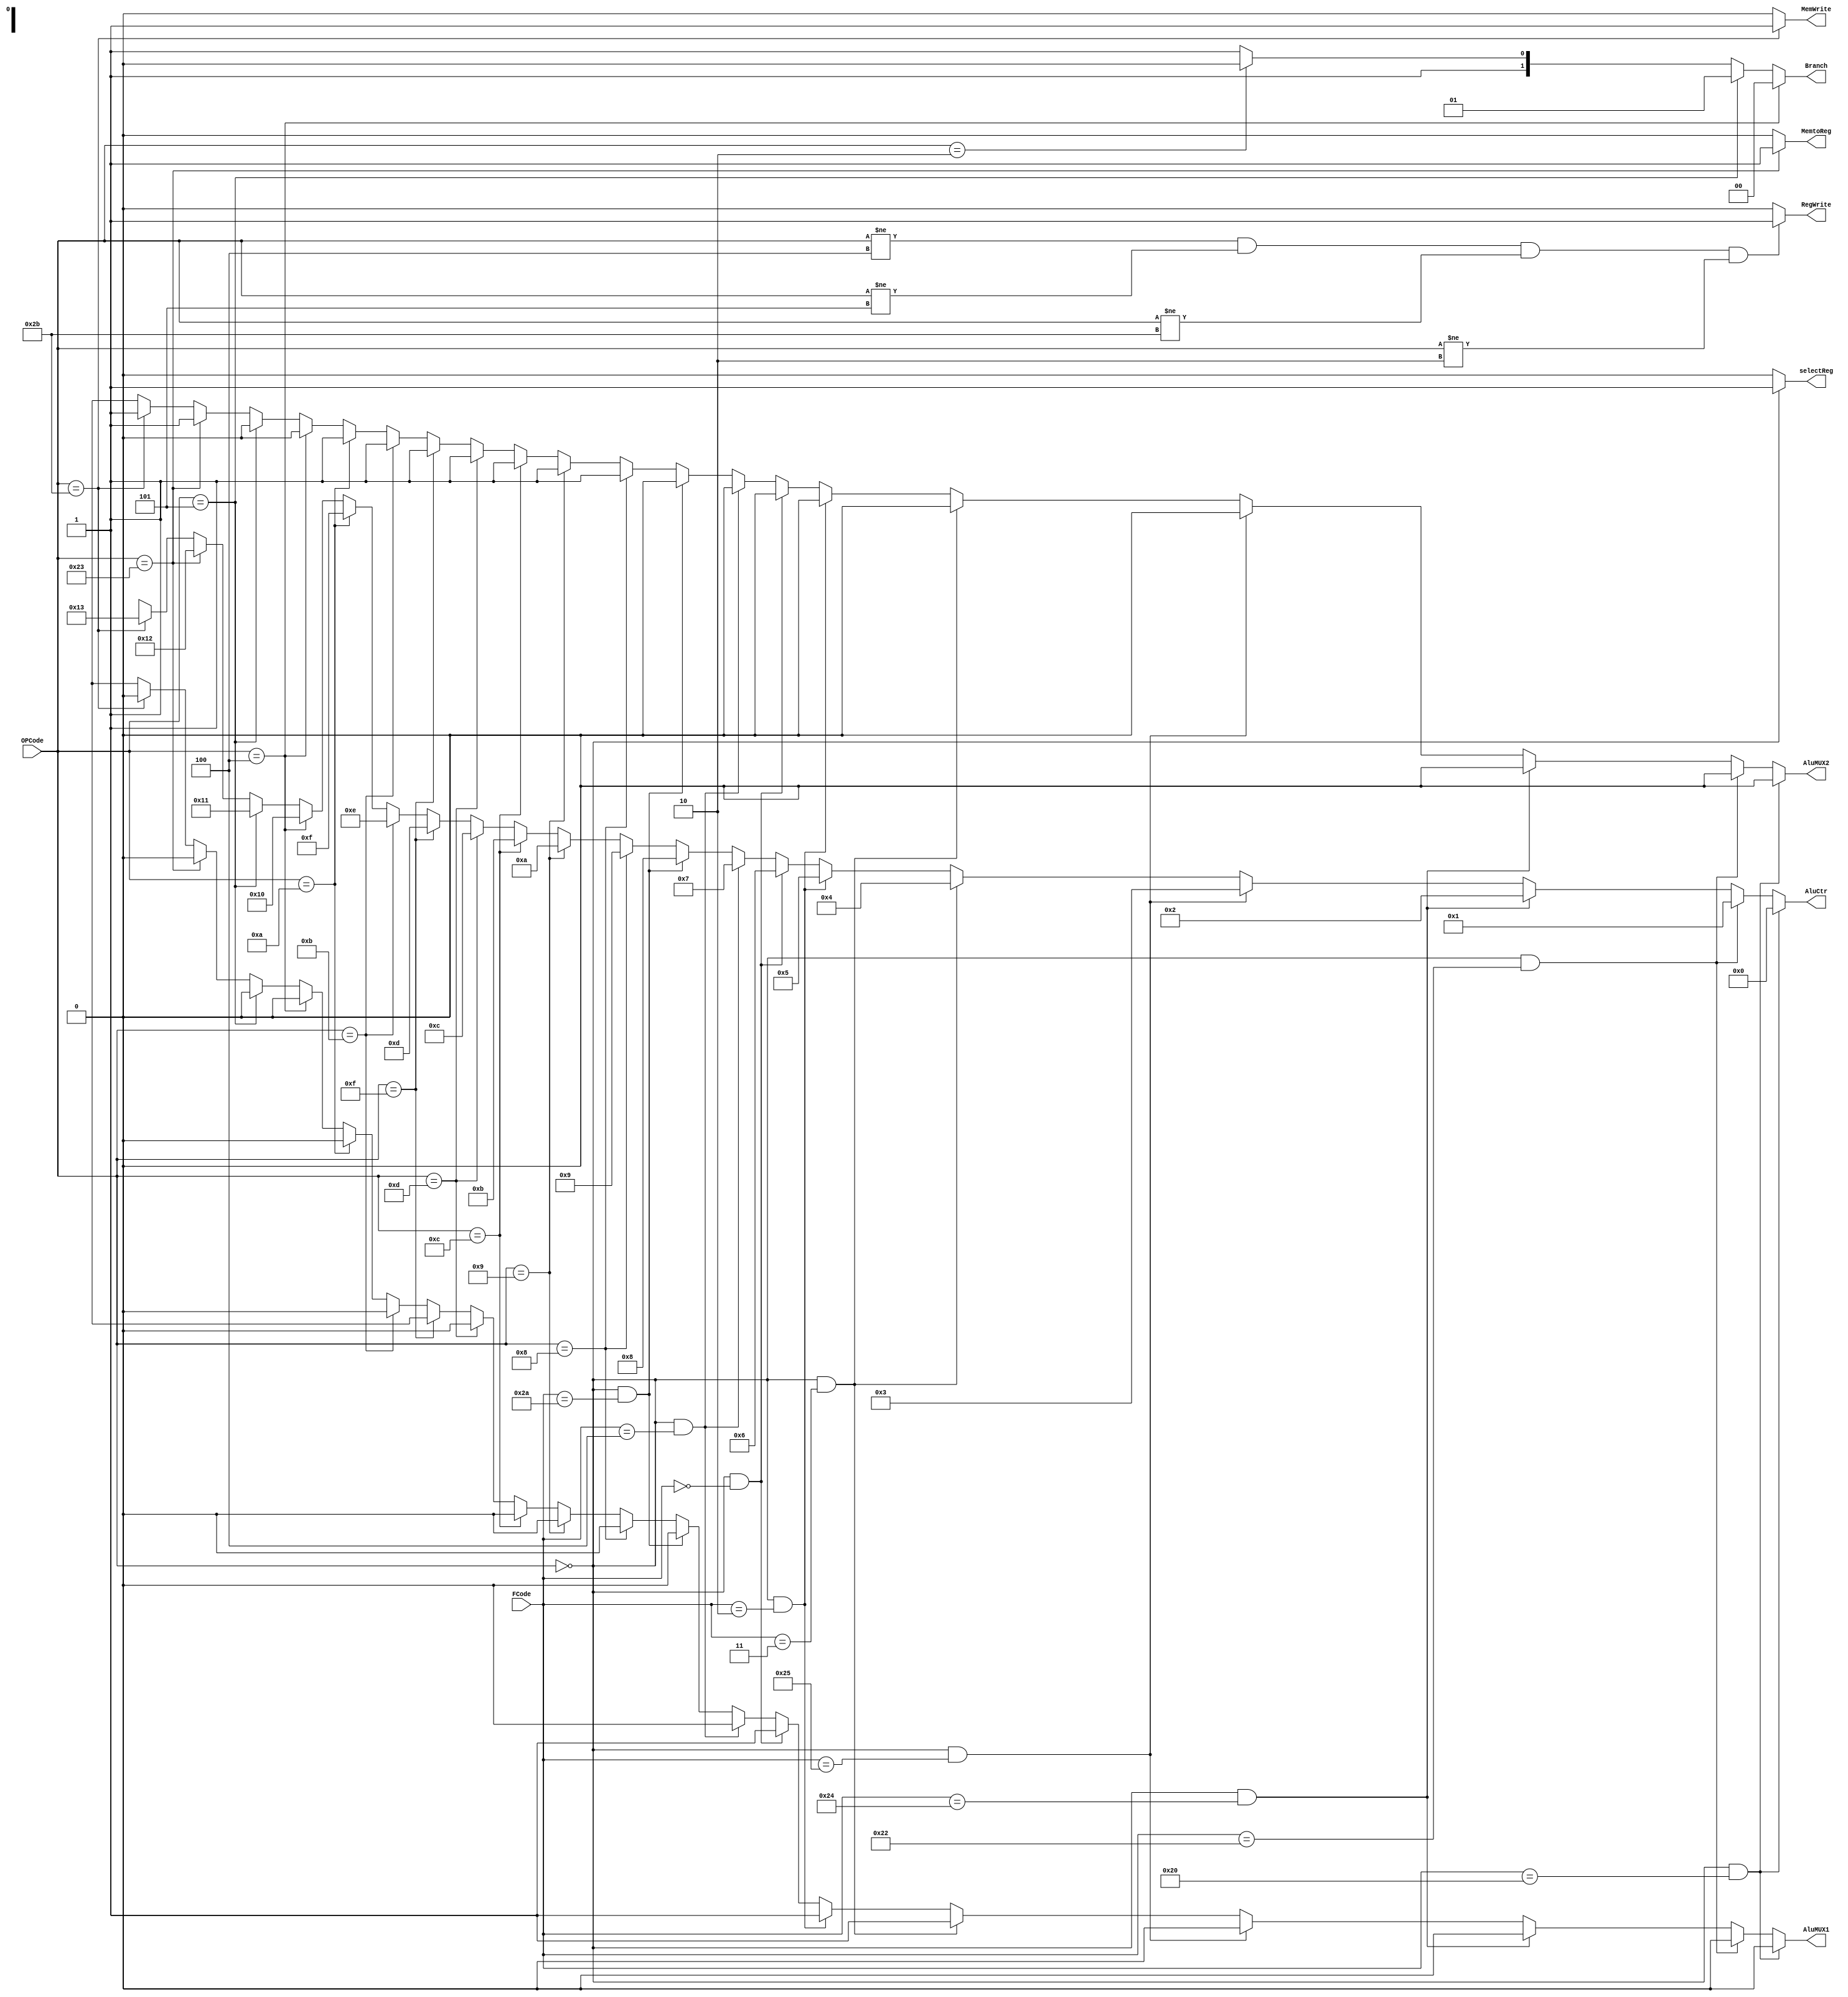
module CONTROLLER(
	input [5:0] OPCode,FCode,
	output [4:0] AluCtr,
	output AluMUX1,AluMUX2,RegWrite,MemWrite,selectReg,MemtoReg,
	output [1:0] Branch);	
	
	//R-TYPE larn fonksiyon kodlar
	parameter R_TYPE=6'b000000;
	parameter ADD = 6'b100000;
	parameter SUB = 6'b100010;
	parameter AND = 6'b100100;
	parameter OR  = 6'b100101;
	parameter SRA = 6'b000011;
	parameter SRL = 6'b000010;
	parameter SLL = 6'b000000;
	parameter SLLV= 6'b000100;
	parameter SLT = 6'b101010;
	
	//I-TYPE larn opcodlar
	parameter ADDI = 6'b001000;
	parameter ADDIU= 6'b001001;
	parameter ANDI = 6'b001100;
	parameter ORI  = 6'b001101;
	parameter LUI  = 6'b001111;
	parameter SLTIU= 6'b001011;
	parameter SLTI = 6'b001010;
	parameter BEQ  = 6'b000100;
	parameter BNE  = 6'b000101;
	parameter LW   = 6'b100011;
	parameter SW   = 6'b101011;
	//jump opcode
	parameter JUMP = 6'b000010;
	
	//toplam 21 tane ins. olugu icin minimum 5bit kullandim
	assign AluCtr=
		(OPCode==R_TYPE && FCode == ADD) ? 5'b00000:
		(OPCode==R_TYPE && FCode == SUB) ? 5'b00001:
		(OPCode==R_TYPE && FCode == AND) ? 5'b00010:
		(OPCode==R_TYPE && FCode == OR)  ? 5'b00011:
		(OPCode==R_TYPE && FCode == SRA) ? 5'b00100:
		(OPCode==R_TYPE && FCode == SRL) ? 5'b00101:
		(OPCode==R_TYPE && FCode == SLL) ? 5'b00110:
		(OPCode==R_TYPE && FCode == SLLV)? 5'b00111:
		(OPCode==R_TYPE && FCode == SLT) ? 5'b01000:
		(OPCode==ADDI) ? 5'b01001:
		(OPCode==ADDIU)? 5'b01010:
		(OPCode==ANDI) ? 5'b01011:
		(OPCode==ORI) ?  5'b01100:
		(OPCode==LUI) ?  5'b01101:
		(OPCode==SLTIU)? 5'b01110:
		(OPCode==SLTI) ? 5'b01111:
		(OPCode==BEQ)  ? 5'b10000:
		(OPCode==BNE)  ? 5'b10001:
		(OPCode==LW)   ? 5'b10010:
		(OPCode==SW)   ? 5'b10011:	5'bx;//yoksa x doner

	assign AluMUX1=
		(OPCode==R_TYPE && FCode == ADD) ? 1'b0:
		(OPCode==R_TYPE && FCode == SUB) ? 1'b0:
		(OPCode==R_TYPE && FCode == AND) ? 1'b0:
		(OPCode==R_TYPE && FCode == OR)  ? 1'b0:
		(OPCode==R_TYPE && FCode == SRA) ? 1'b1:
		(OPCode==R_TYPE && FCode == SRL) ? 1'b1:
		(OPCode==R_TYPE && FCode == SLL) ? 1'b1:
		(OPCode==R_TYPE && FCode == SLLV)? 1'b0:
		(OPCode==R_TYPE && FCode == SLT) ? 1'b0:
		(OPCode==ADDI) ? 1'b0:
		(OPCode==ADDIU)? 1'b0:
		(OPCode==ANDI) ? 1'b0:
		(OPCode==ORI) ?  1'b0:
		(OPCode==LUI) ?  1'bx:///
		(OPCode==SLTIU)? 1'b0:
		(OPCode==SLTI) ? 1'b0:
		(OPCode==BEQ)  ? 1'b0:
		(OPCode==BNE)  ? 1'b0:
		(OPCode==LW)   ? 1'b0:
		(OPCode==SW)   ? 1'b0:	1'bx;//yoksa x doner
		
	assign AluMUX2=
		(OPCode==R_TYPE && FCode == ADD) ? 1'b0:
		(OPCode==R_TYPE && FCode == SUB) ? 1'b0:
		(OPCode==R_TYPE && FCode == AND) ? 1'b0:
		(OPCode==R_TYPE && FCode == OR)  ? 1'b0:
		(OPCode==R_TYPE && FCode == SRA) ? 1'b0:
		(OPCode==R_TYPE && FCode == SRL) ? 1'b0:
		(OPCode==R_TYPE && FCode == SLL) ? 1'b0:
		(OPCode==R_TYPE && FCode == SLLV)? 1'b0:
		(OPCode==R_TYPE && FCode == SLT) ? 1'b0:
		(OPCode==ADDI) ? 1'b1:
		(OPCode==ADDIU)? 1'b1:
		(OPCode==ANDI) ? 1'b1:
		(OPCode==ORI) ?  1'b1:
		(OPCode==LUI) ?  1'b1:///
		(OPCode==SLTIU)? 1'b1:
		(OPCode==SLTI) ? 1'b1:
		(OPCode==BEQ)  ? 1'b0:
		(OPCode==BNE)  ? 1'b0:
		(OPCode==LW)   ? 1'b1:
		(OPCode==SW)   ? 1'b1:	1'bx;//yoksa x doner
	
	assign RegWrite=(OPCode != BEQ && OPCode != BNE && OPCode != SW && OPCode != JUMP) ? 1'b1: 1'b0;
	
	assign MemWrite=(OPCode == SW)? 1'b1: 1'b0;
	
	assign selectReg=(OPCode == R_TYPE) ? 1'b1: 1'b0;
	
	assign Branch=
		(OPCode == BEQ) ? 2'b00:
		(OPCode == BNE) ? 2'b01:
		(OPCode == JUMP) ? 2'b10: 2'b11;
	
	assign MemtoReg= (OPCode == LW) ? 1'b1: 1'b0;
	
endmodule